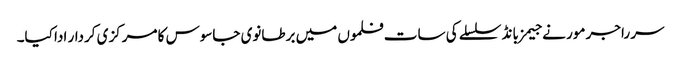
سر راجر مور نے جیمز بانڈ سلسلے کی سات فلموں میں برطانوی جاسوس کا مرکزی کردار ادا کیا۔